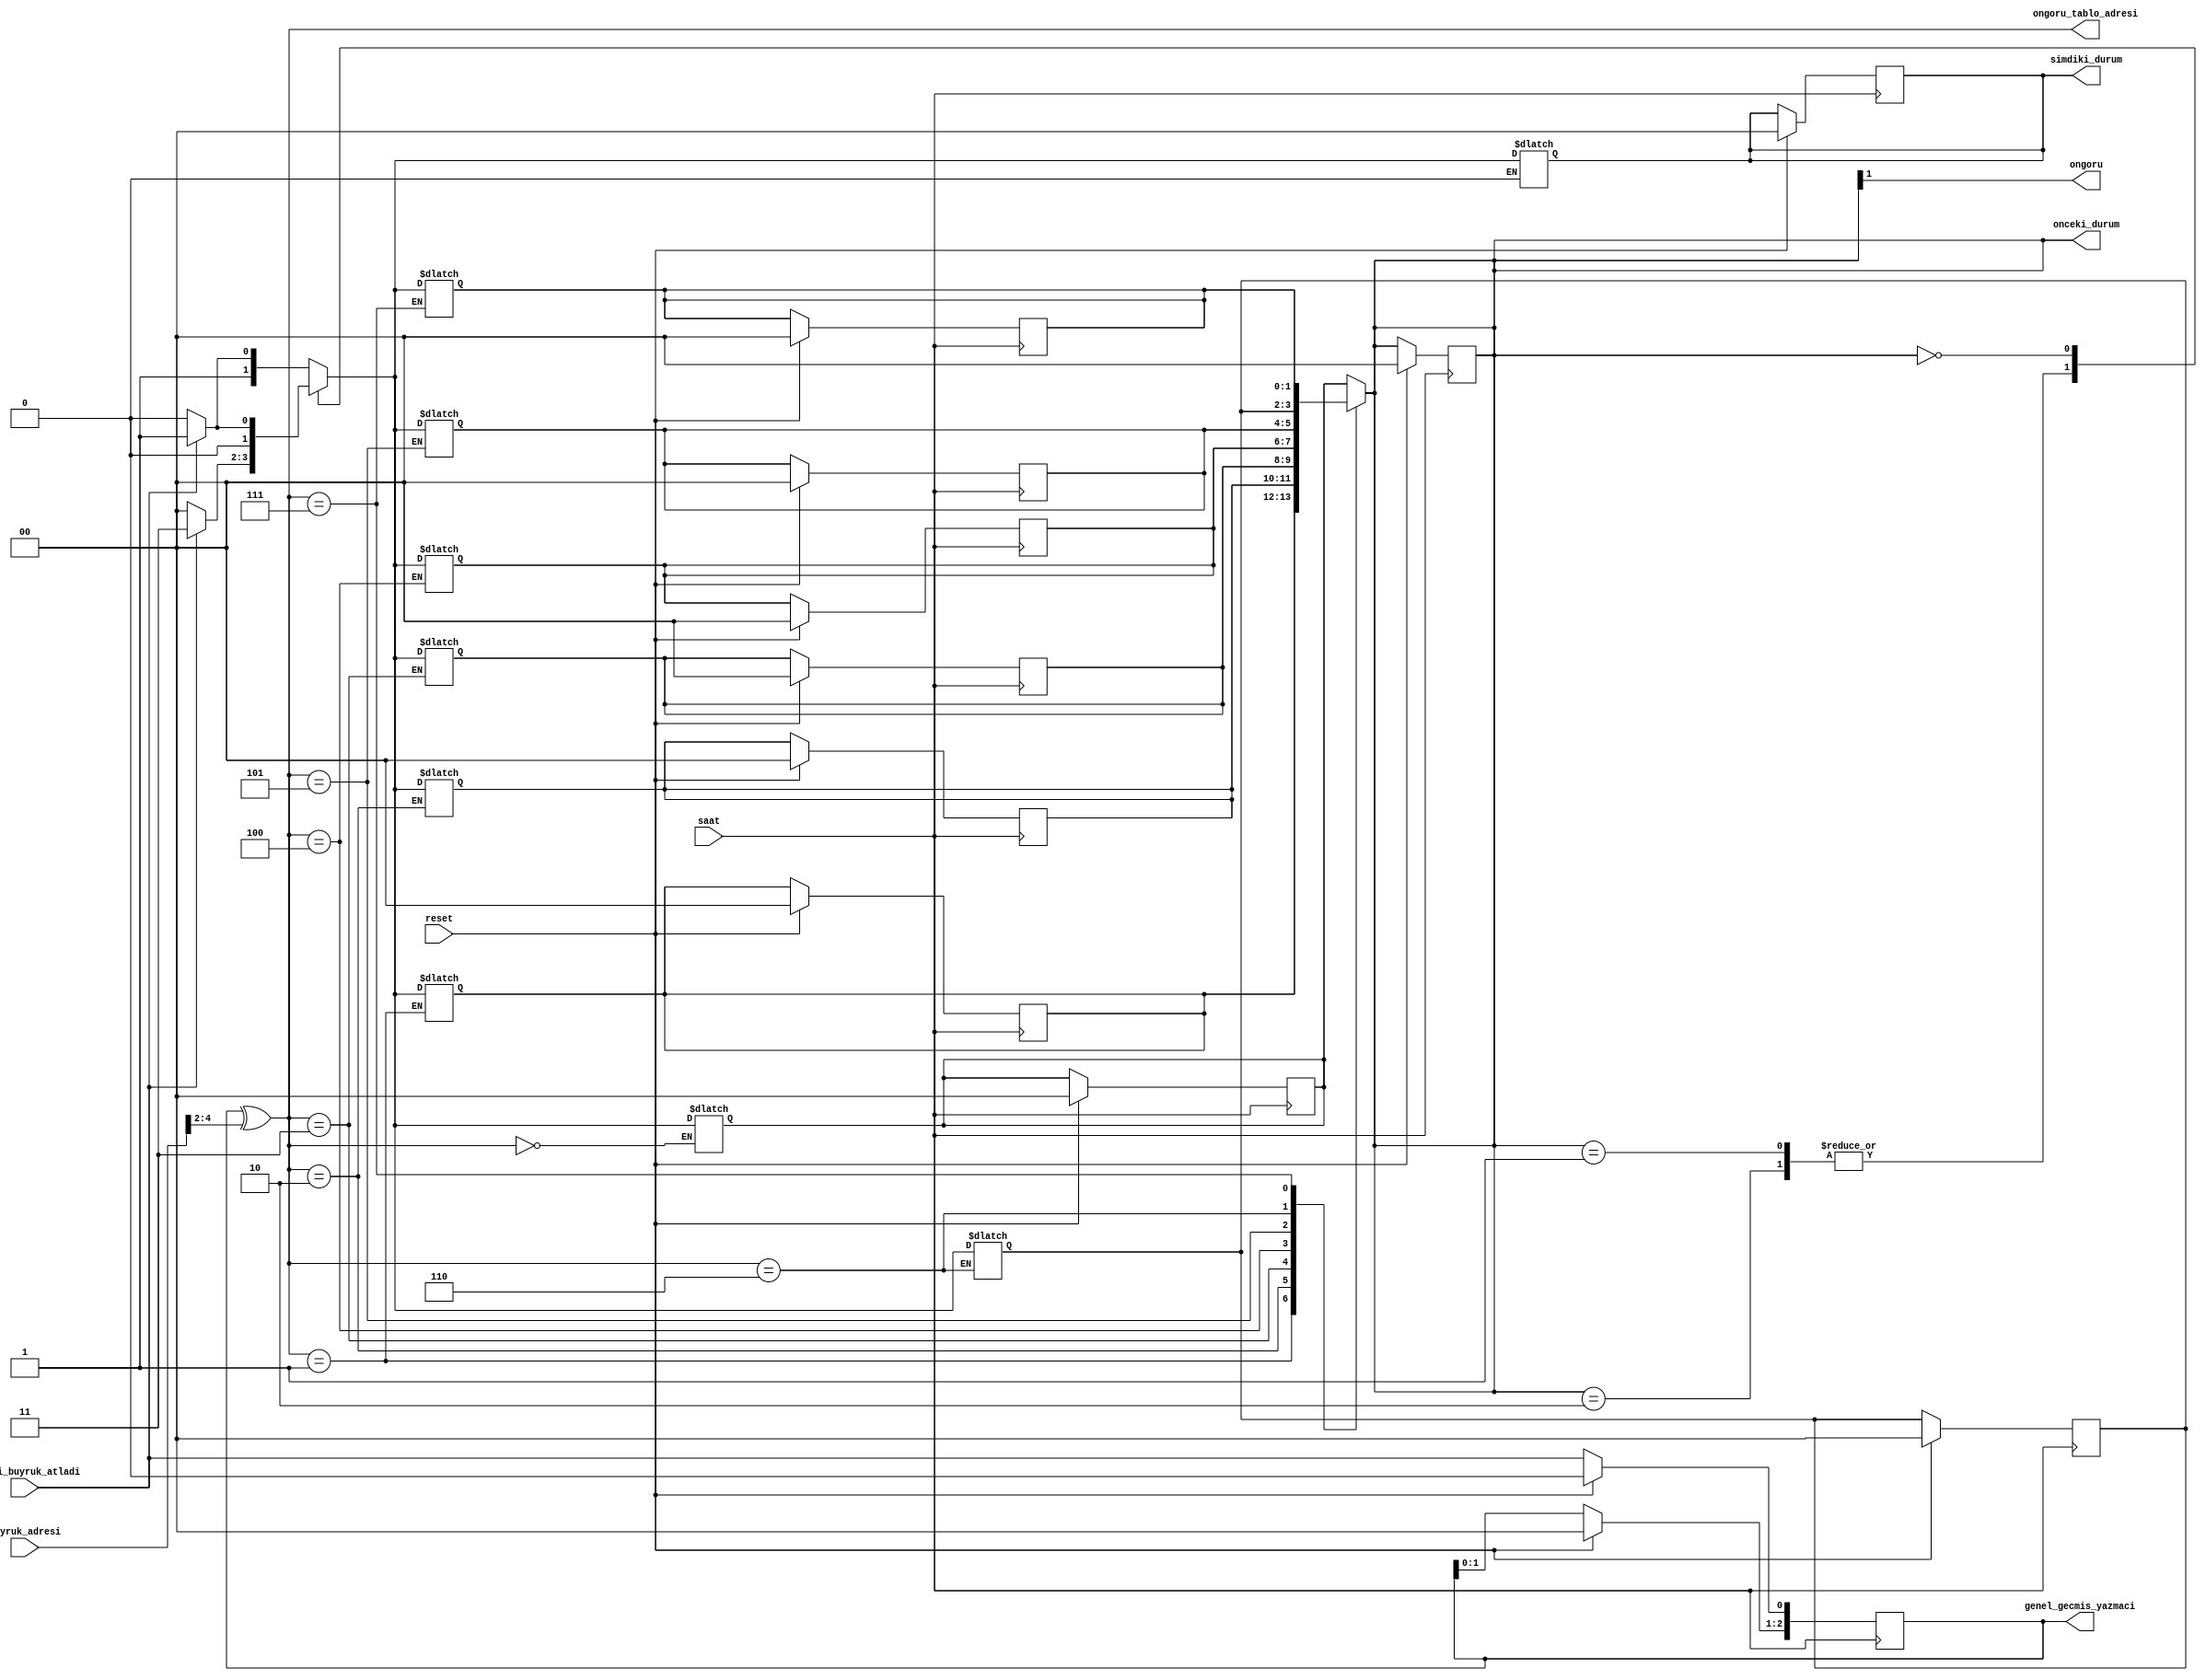
`timescale 1ns / 1ps

/* 
 * TOBB Ekonomi ve Teknoloji Universitesi 
 * Bilgisayar Muhendisligi Bolumu 
 * BIL361  Bilgisayar Mimarisi ve Organizasyonu 
 * 2022-2023 Ogretim Yili Bahar Donemi 
 * Odev 2 
 * 13.03.2023 
 */

module kasirgabp(
	input saat,
	input reset, 
	input [31:0] buyruk_adresi, 
	input onceki_buyruk_atladi, // genel gecmis yazmacinda tutmalisiniz, 1 --> atladi, 0 --> atlamadi
	output ongoru, // su andaki buyrugun dallanma ongorusu, 1 --> atlasin, 0 --> atlamasin
	output reg [1:0] onceki_durum,
    output reg [1:0] simdiki_durum,
    output reg [2:0] genel_gecmis_yazmaci,
    output  [2:0] ongoru_tablo_adresi
);
    // 00 -> G.T, 01 -> Z.T, 10 -> Z.A, 11 -> G.A
    localparam GT = 2'b00;
    localparam ZT = 2'b01;
    localparam ZA = 2'b10;
    localparam GA = 2'b11;
    
    
    reg [1:0] cift_kutuplu_sayac_tablosu [7:0]; // 2 bitlik sayaclar
   
    initial begin
        onceki_durum = 2'd0;
        simdiki_durum = 2'd0;
        genel_gecmis_yazmaci = 3'd0;
        cift_kutuplu_sayac_tablosu[0] = 2'd0;
        cift_kutuplu_sayac_tablosu[1] = 2'd0;
        cift_kutuplu_sayac_tablosu[2] = 2'd0;
        cift_kutuplu_sayac_tablosu[3] = 2'd0;
        cift_kutuplu_sayac_tablosu[4] = 2'd0;
        cift_kutuplu_sayac_tablosu[5] = 2'd0;
        cift_kutuplu_sayac_tablosu[6] = 2'd0;
        cift_kutuplu_sayac_tablosu[7] = 2'd0;
    end
    
     // cift kutuplu sayac_tablosunda erisilecek adres
    assign ongoru_tablo_adresi = genel_gecmis_yazmaci ^ buyruk_adresi[4:2];
    
    always@(ongoru_tablo_adresi) begin
           onceki_durum = cift_kutuplu_sayac_tablosu[ongoru_tablo_adresi]; 
           
           case(onceki_durum)
                GA: begin
                    if(onceki_buyruk_atladi == 1'b1)begin
                        simdiki_durum = GA ;
                    end
                    else if(onceki_buyruk_atladi == 1'b0) begin
                        simdiki_durum = ZA ;
                    end
                end
                ZA: begin
                    if(onceki_buyruk_atladi == 1'b1)begin
                        simdiki_durum = GA ;
                    end
                    else if(onceki_buyruk_atladi == 1'b0) begin
                        simdiki_durum = GT ;
                    end
                end
                ZT: begin
                    if(onceki_buyruk_atladi == 1'b1)begin
                        simdiki_durum = GA ;
                    end
                    else if(onceki_buyruk_atladi == 1'b0) begin
                        simdiki_durum = GT ;
                    end
                end
                GT: begin
                    if(onceki_buyruk_atladi == 1'b1)begin
                        simdiki_durum = ZT ;
                    end
                    else if(onceki_buyruk_atladi == 1'b0) begin
                        simdiki_durum = GT ;
                    end
                end
            endcase          
            cift_kutuplu_sayac_tablosu[ongoru_tablo_adresi] <= simdiki_durum ;
    end
    
    always@(posedge saat) begin
        if(reset) begin  
            onceki_durum <= 2'd0 ;
            simdiki_durum <= 2'd0 ;
            genel_gecmis_yazmaci <= 3'd0 ;
            cift_kutuplu_sayac_tablosu[0] <= 2'd0 ;
            cift_kutuplu_sayac_tablosu[1] <= 2'd0 ;
            cift_kutuplu_sayac_tablosu[2] <= 2'd0 ;
            cift_kutuplu_sayac_tablosu[3] <= 2'd0 ;
            cift_kutuplu_sayac_tablosu[4] <= 2'd0 ;
            cift_kutuplu_sayac_tablosu[5] <= 2'd0 ;
            cift_kutuplu_sayac_tablosu[6] <= 2'd0 ;
            cift_kutuplu_sayac_tablosu[7] <= 2'd0 ;
        end
        else begin
            genel_gecmis_yazmaci = genel_gecmis_yazmaci << 1 ;
            genel_gecmis_yazmaci[0] = onceki_buyruk_atladi;  
        end
    end 
    assign ongoru = onceki_durum[1];
    
endmodule